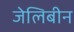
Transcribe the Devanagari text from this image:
जेलिबीन